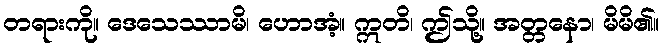
တရားကို။ ဒေသေဿာမိ၊ ဟောအံ့။ ဣတိ၊ ဤသို့။ အတ္တနော၊ မိမိ၏။